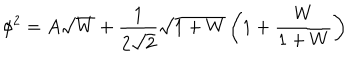
LaTeX: \phi ^ { 2 } = A \sqrt { W } + \frac { 1 } { 2 \sqrt { 2 } } \sqrt { 1 + W } \left( 1 + \frac { W } { 1 + W } \right)